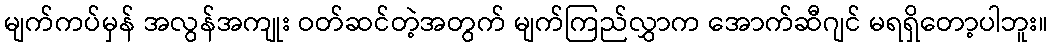
မျက်ကပ်မှန် အလွန်အကျုး ဝတ်ဆင်တဲ့အတွက် မျက်ကြည်လွှာက အောက်ဆီဂျင် မရရှိတော့ပါဘူး။